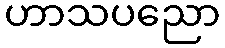
ဟာသပညော